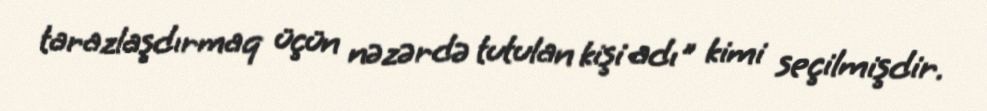
tarazlaşdırmaq üçün nəzərdə tutulan kişi adı" kimi seçilmişdir.